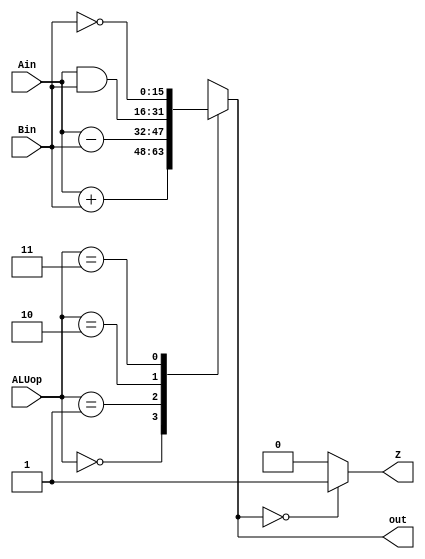
module ALU(Ain, Bin, ALUop, out, Z);
    input [15:0] Ain, Bin;
    input [1:0] ALUop;
    output [15:0] out;
    output Z;

    reg [15:0] out;
    always @(*)begin
        case(ALUop)
            2'b00: out = Ain + Bin;
            2'b01: out = Ain - Bin;
            2'b10: out = Ain & Bin;
            2'b11: out = ~Bin;
            default: out = {16{1'bx}};
        endcase
    end

    assign Z = out == {16{1'b0}} ? 1'b1 : 1'b0;
endmodule